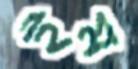
ইম